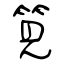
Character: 筧